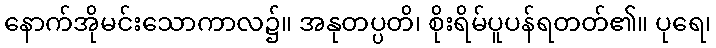
နောက်အိုမင်းသောကာလ၌။ အနုတပ္ပတိ၊ စိုးရိမ်ပူပန်ရတတ်၏။ ပုရေ၊